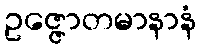
ဥဇ္ဇောတမာနာနံ